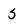
Character: s